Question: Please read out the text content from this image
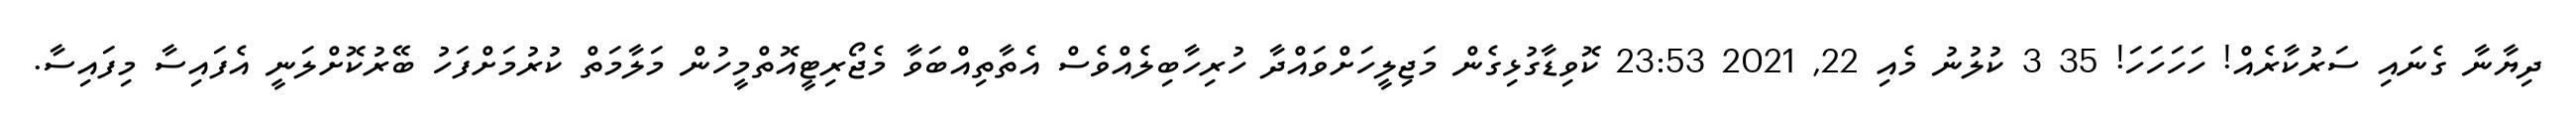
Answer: ދިޔާނާ ގެނައި ސަރުކާރެއް! ހަހަހަހަ! 35 3 ކުލުނު މެއި 22, 2021 23:53 ކޮވިޑާގުޅިގެން މަޖިލީހަށްވައްދާ ހުރިހާބިލެއްވެސް އެތާތިއްބަވާ މެޖޯރިޓީއޮތްމީހުން މަލާމަތް ކުރުމަށްފަހު ބޭރުކޮށްލަނީ އެފައިސާ މިފައިސާ.